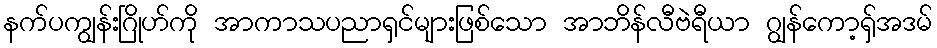
နက်ပကျွန်းဂြိုဟ်ကို အာကာသပညာရှင်များဖြစ်သော အာဘိန်လီဗဲရီယာ ဂျွန်ကော့ရှ်အဒမ်